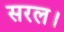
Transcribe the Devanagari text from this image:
सरल।